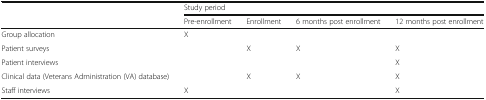
<table><thead><tr><td rowspan="2"></td><td colspan="4"><b>Study period</b></td></tr><tr><td><b>Pre-enrollment</b></td><td><b>Enrollment</b></td><td><b>6 months post enrollment</b></td><td><b>12 months post enrollment</b></td></tr></thead><tbody><tr><td>Group allocation</td><td>X</td><td></td><td></td><td></td></tr><tr><td>Patient surveys</td><td></td><td>X</td><td>X</td><td>X</td></tr><tr><td>Patient interviews</td><td></td><td></td><td></td><td>X</td></tr><tr><td>Clinical data (Veterans Administration (VA) database)</td><td></td><td>X</td><td>X</td><td>X</td></tr><tr><td>Staff interviews</td><td>X</td><td></td><td></td><td>X</td></tr></tbody></table>